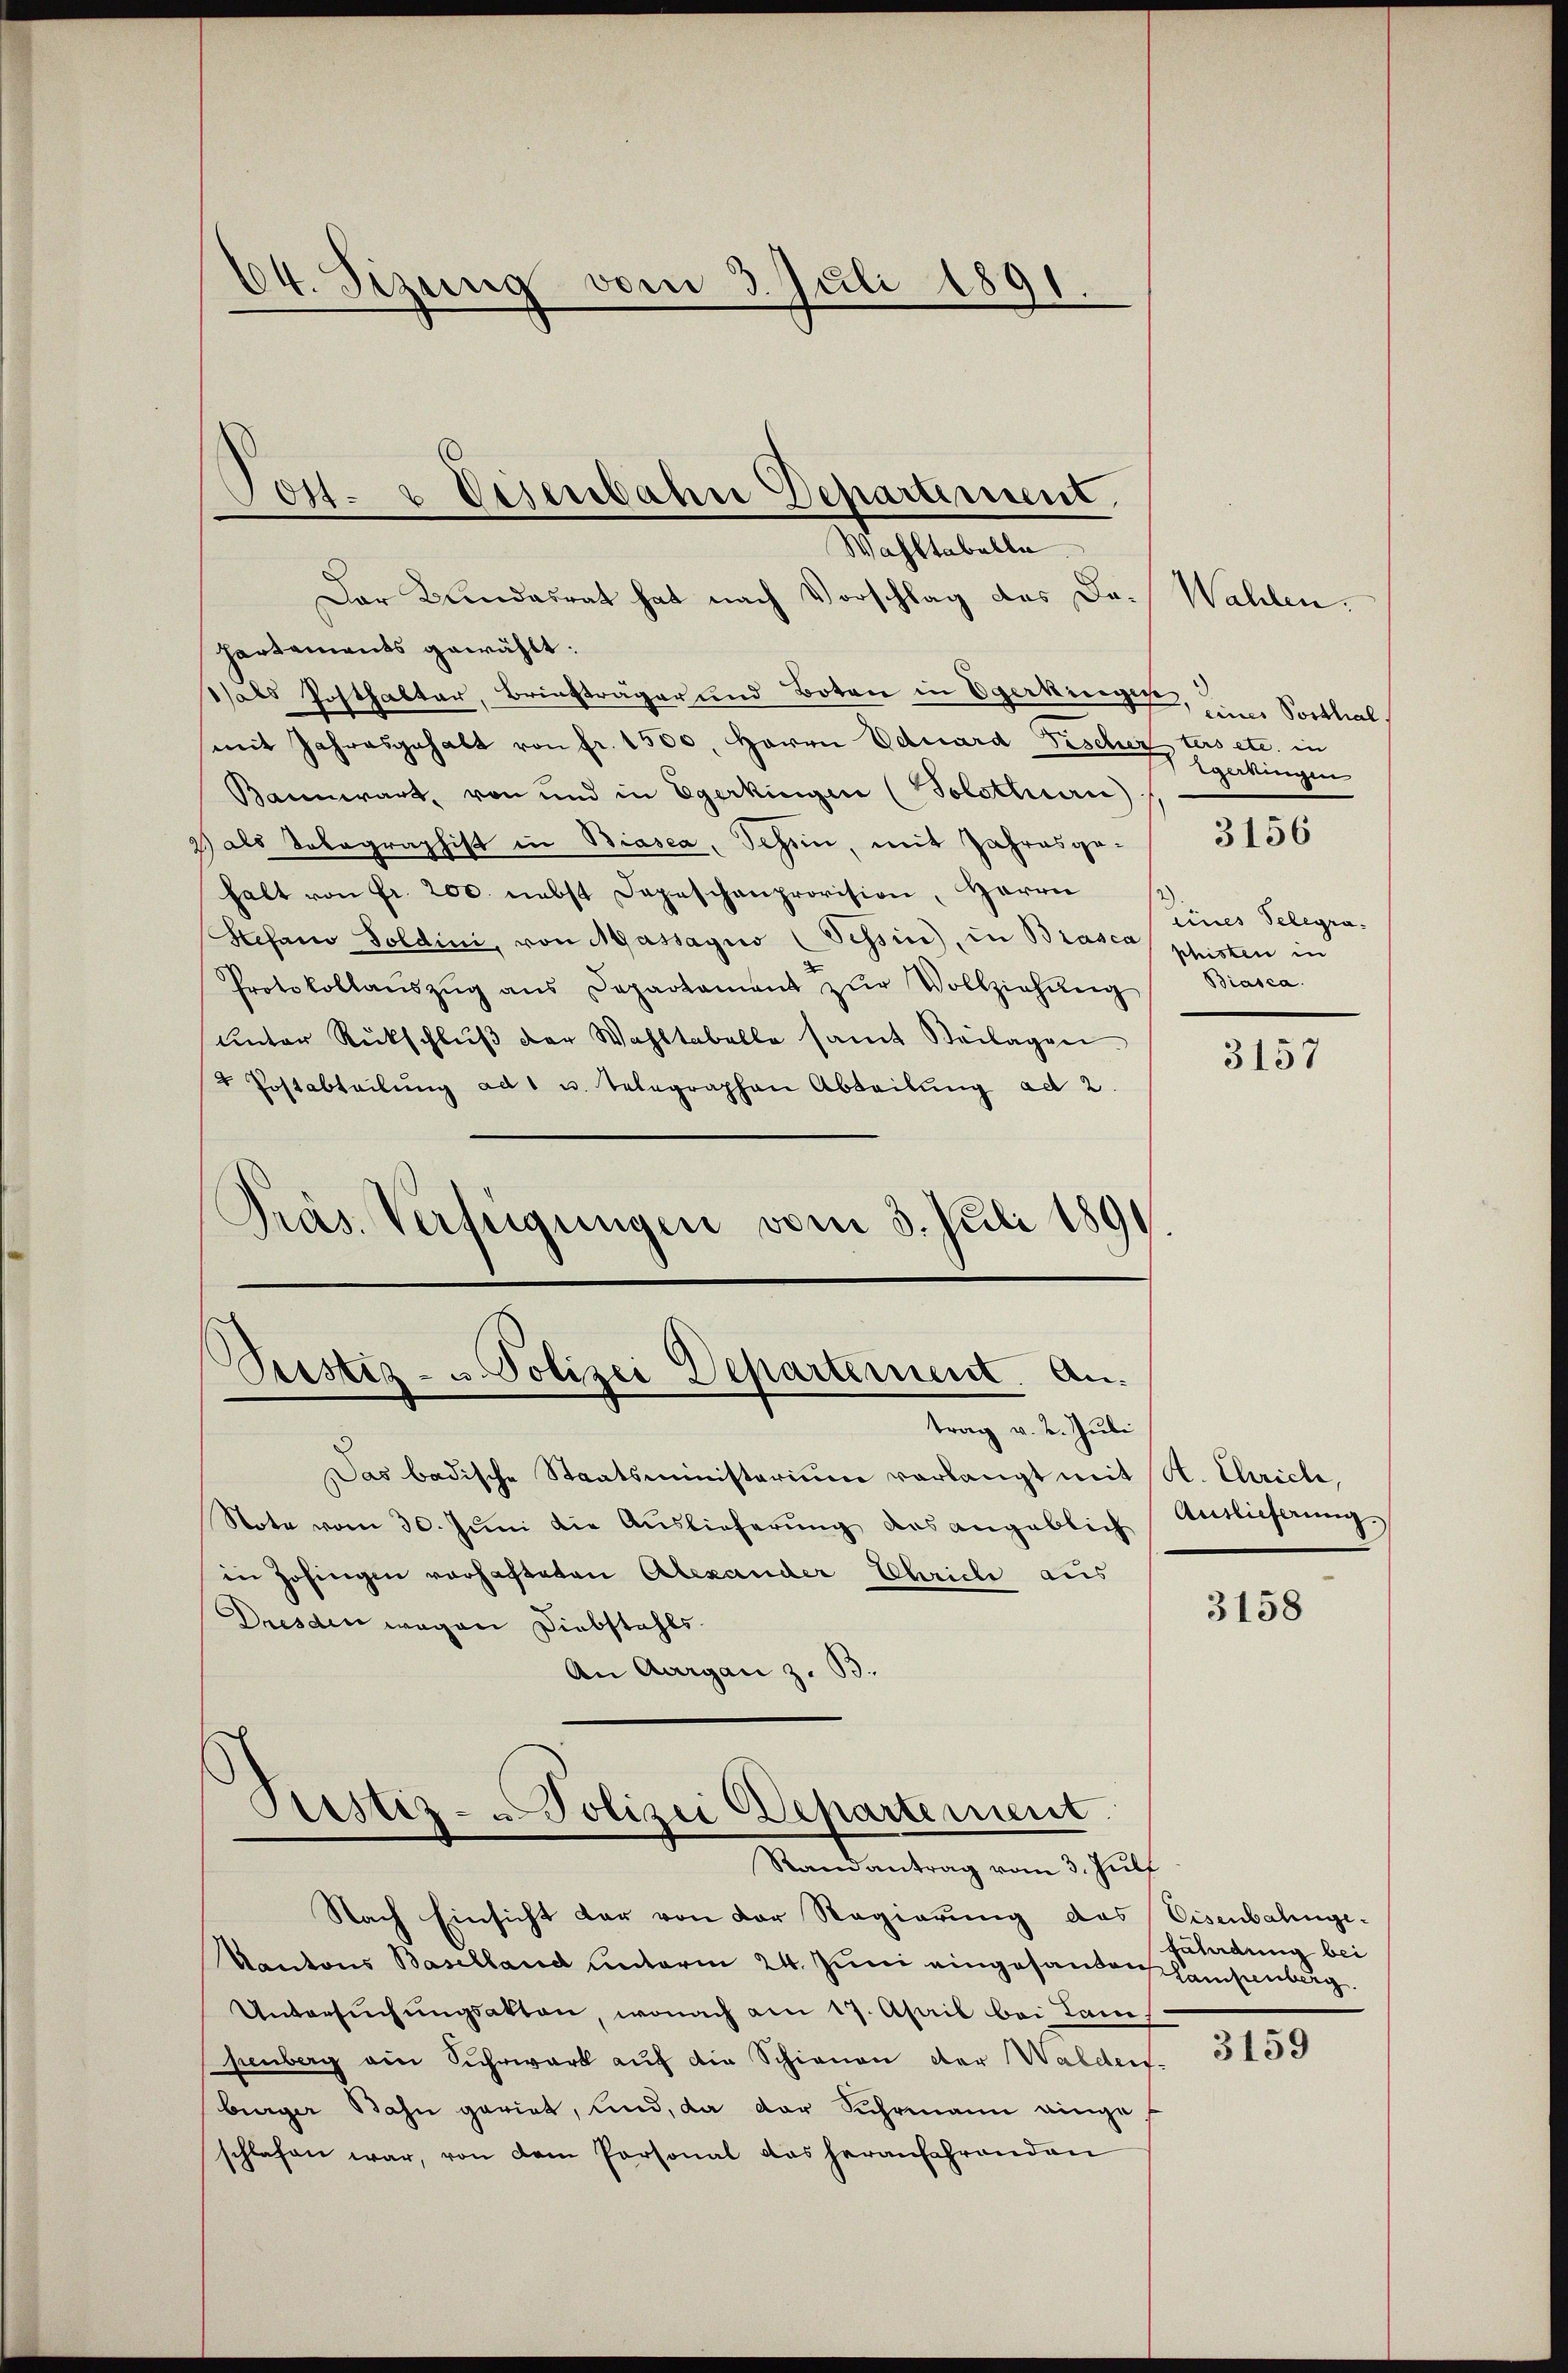
64. Sizung vom 3. Juli 1891.

Der Bundesrat hat nach Vorschlag des Dr. Wahlen.
hartements gewählt:
Sals Posthalter, Briefträger und Boten in Egerkingen,
mit Jahresgehalt von fr. 1500. Herrn Eduard Fischer ters etc. in
Bannwart von und in Egerkingen (Solothurn)
2) als Telegraphist in Biasca, Schön, mit Jahresgehalt von Fr. 200. nebst Depeschenprovision, Herrn
Stefano Soldini, von Massagio (Tessin, in Biasca phisten in
Protokollaŭszŭg ans Departament zŭr Vollziehŭng
unter Rückschlŭβ der Wahltabelle samt Beilagen
 Postabteilŭng ad 1 u. Telegraphen Abteilung ad 2.
Präs. Verfügungen vom 3. Juli 1890.

Jost- & Eisenbahn Departement.
Wahltabelle

Pustiz- u. Polizei Departement. An

trag v. 2. Juli
Das badische Staatsministerium vorlangt mit St. Chrich,
Note vom 30. Juni die Auslieferung des angeblich
in Zofingen vorhafteten Alexander Schrich aus
Dresden wegen Diebstahls.
An Aargau z. B.

Piustiz- & Polizei Departement.
Randantrag vom 3. Juli

eines Posthal
Tgerkingen
3156
eines Telegra¬

Nach Einsicht der von der Regierung das Eisenbahnge-
Kantons Baselland unterm 24. Juni eingesandenhaisenberg.
Untersŭchŭngsakten, wonach am 17. April bei Lan
penberg am Suhrwerk auf die Schienen der Walden-
bürger Bahn geriet, und, da der Suhrmann eingeschlafen war, von dem Personal das heranfahrenden

Biasca.

3157

Auslieferung.

3158

fährdung bei

3159